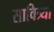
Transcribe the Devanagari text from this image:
सावित्र्या